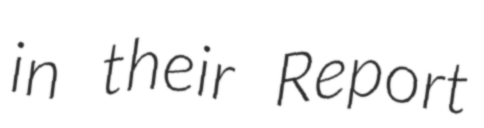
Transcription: in their Report